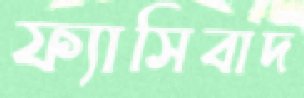
ফ্যাসিবাদ